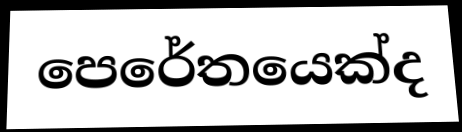
පෙරේතයෙක්ද